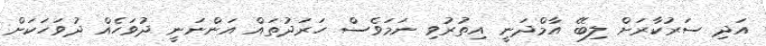
އަދި ސަރުކާރަށް ލިބޭ އާމްދަނީ އިތުރުވި ނަމަވެސް ހަރަދުތައް އަންނަނީ ދުވަހެއް ދުވަހަކަށް